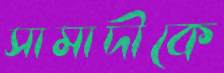
সামাদীকে